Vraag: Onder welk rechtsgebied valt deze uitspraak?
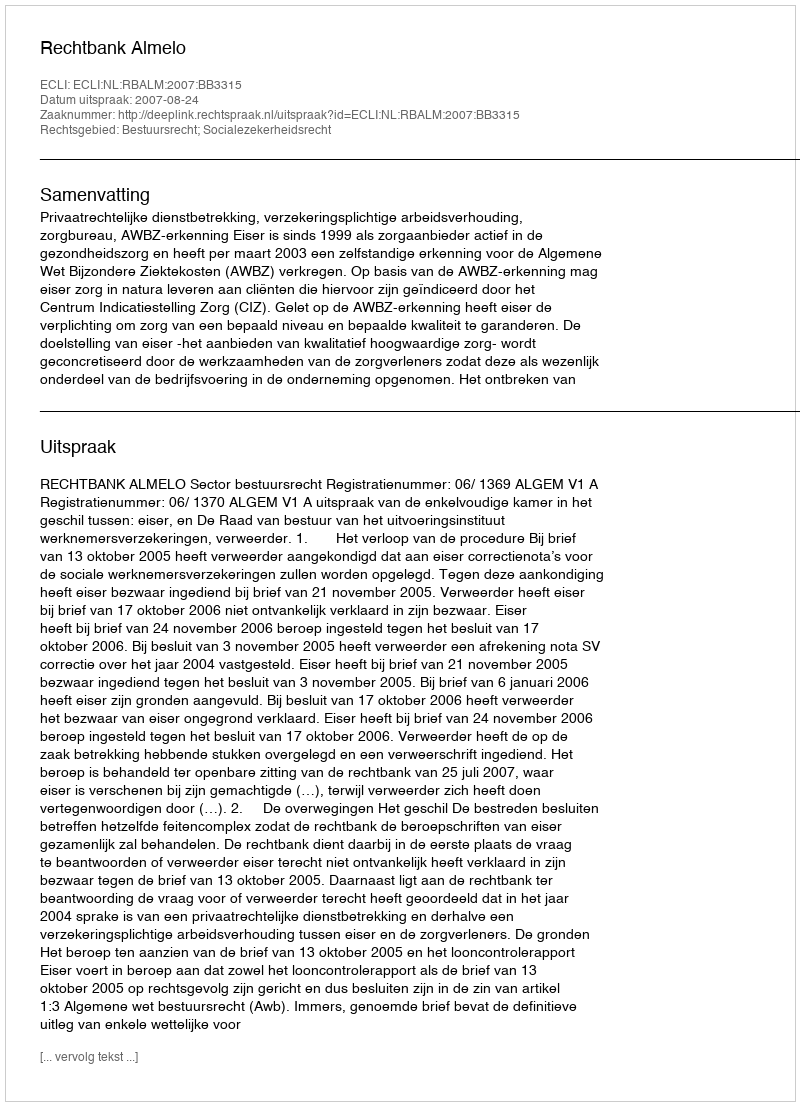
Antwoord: Bestuursrecht; Socialezekerheidsrecht